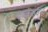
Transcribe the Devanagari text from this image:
दण्डकवन